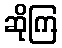
ဆိုကြ